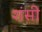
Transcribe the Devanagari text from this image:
शंसी